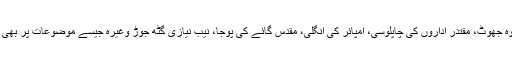
اس کے علاوہ جھوٹ، مقتدر اداروں کی چاپلوسی، امپائر کی انگلی، مقدس گائے کی پوجا، نیب نیازی گٹھ جوڑ وغیرہ جیسے موضوعات پر بھی روشنی ڈالی۔